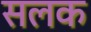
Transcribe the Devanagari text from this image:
सलक